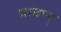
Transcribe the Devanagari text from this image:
भग्वान्